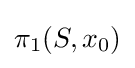
\pi _{1}(S,x_{0})